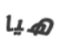
هيا